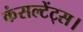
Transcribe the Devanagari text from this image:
कंसल्टेंट्स।